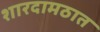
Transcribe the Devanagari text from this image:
शारदामठात